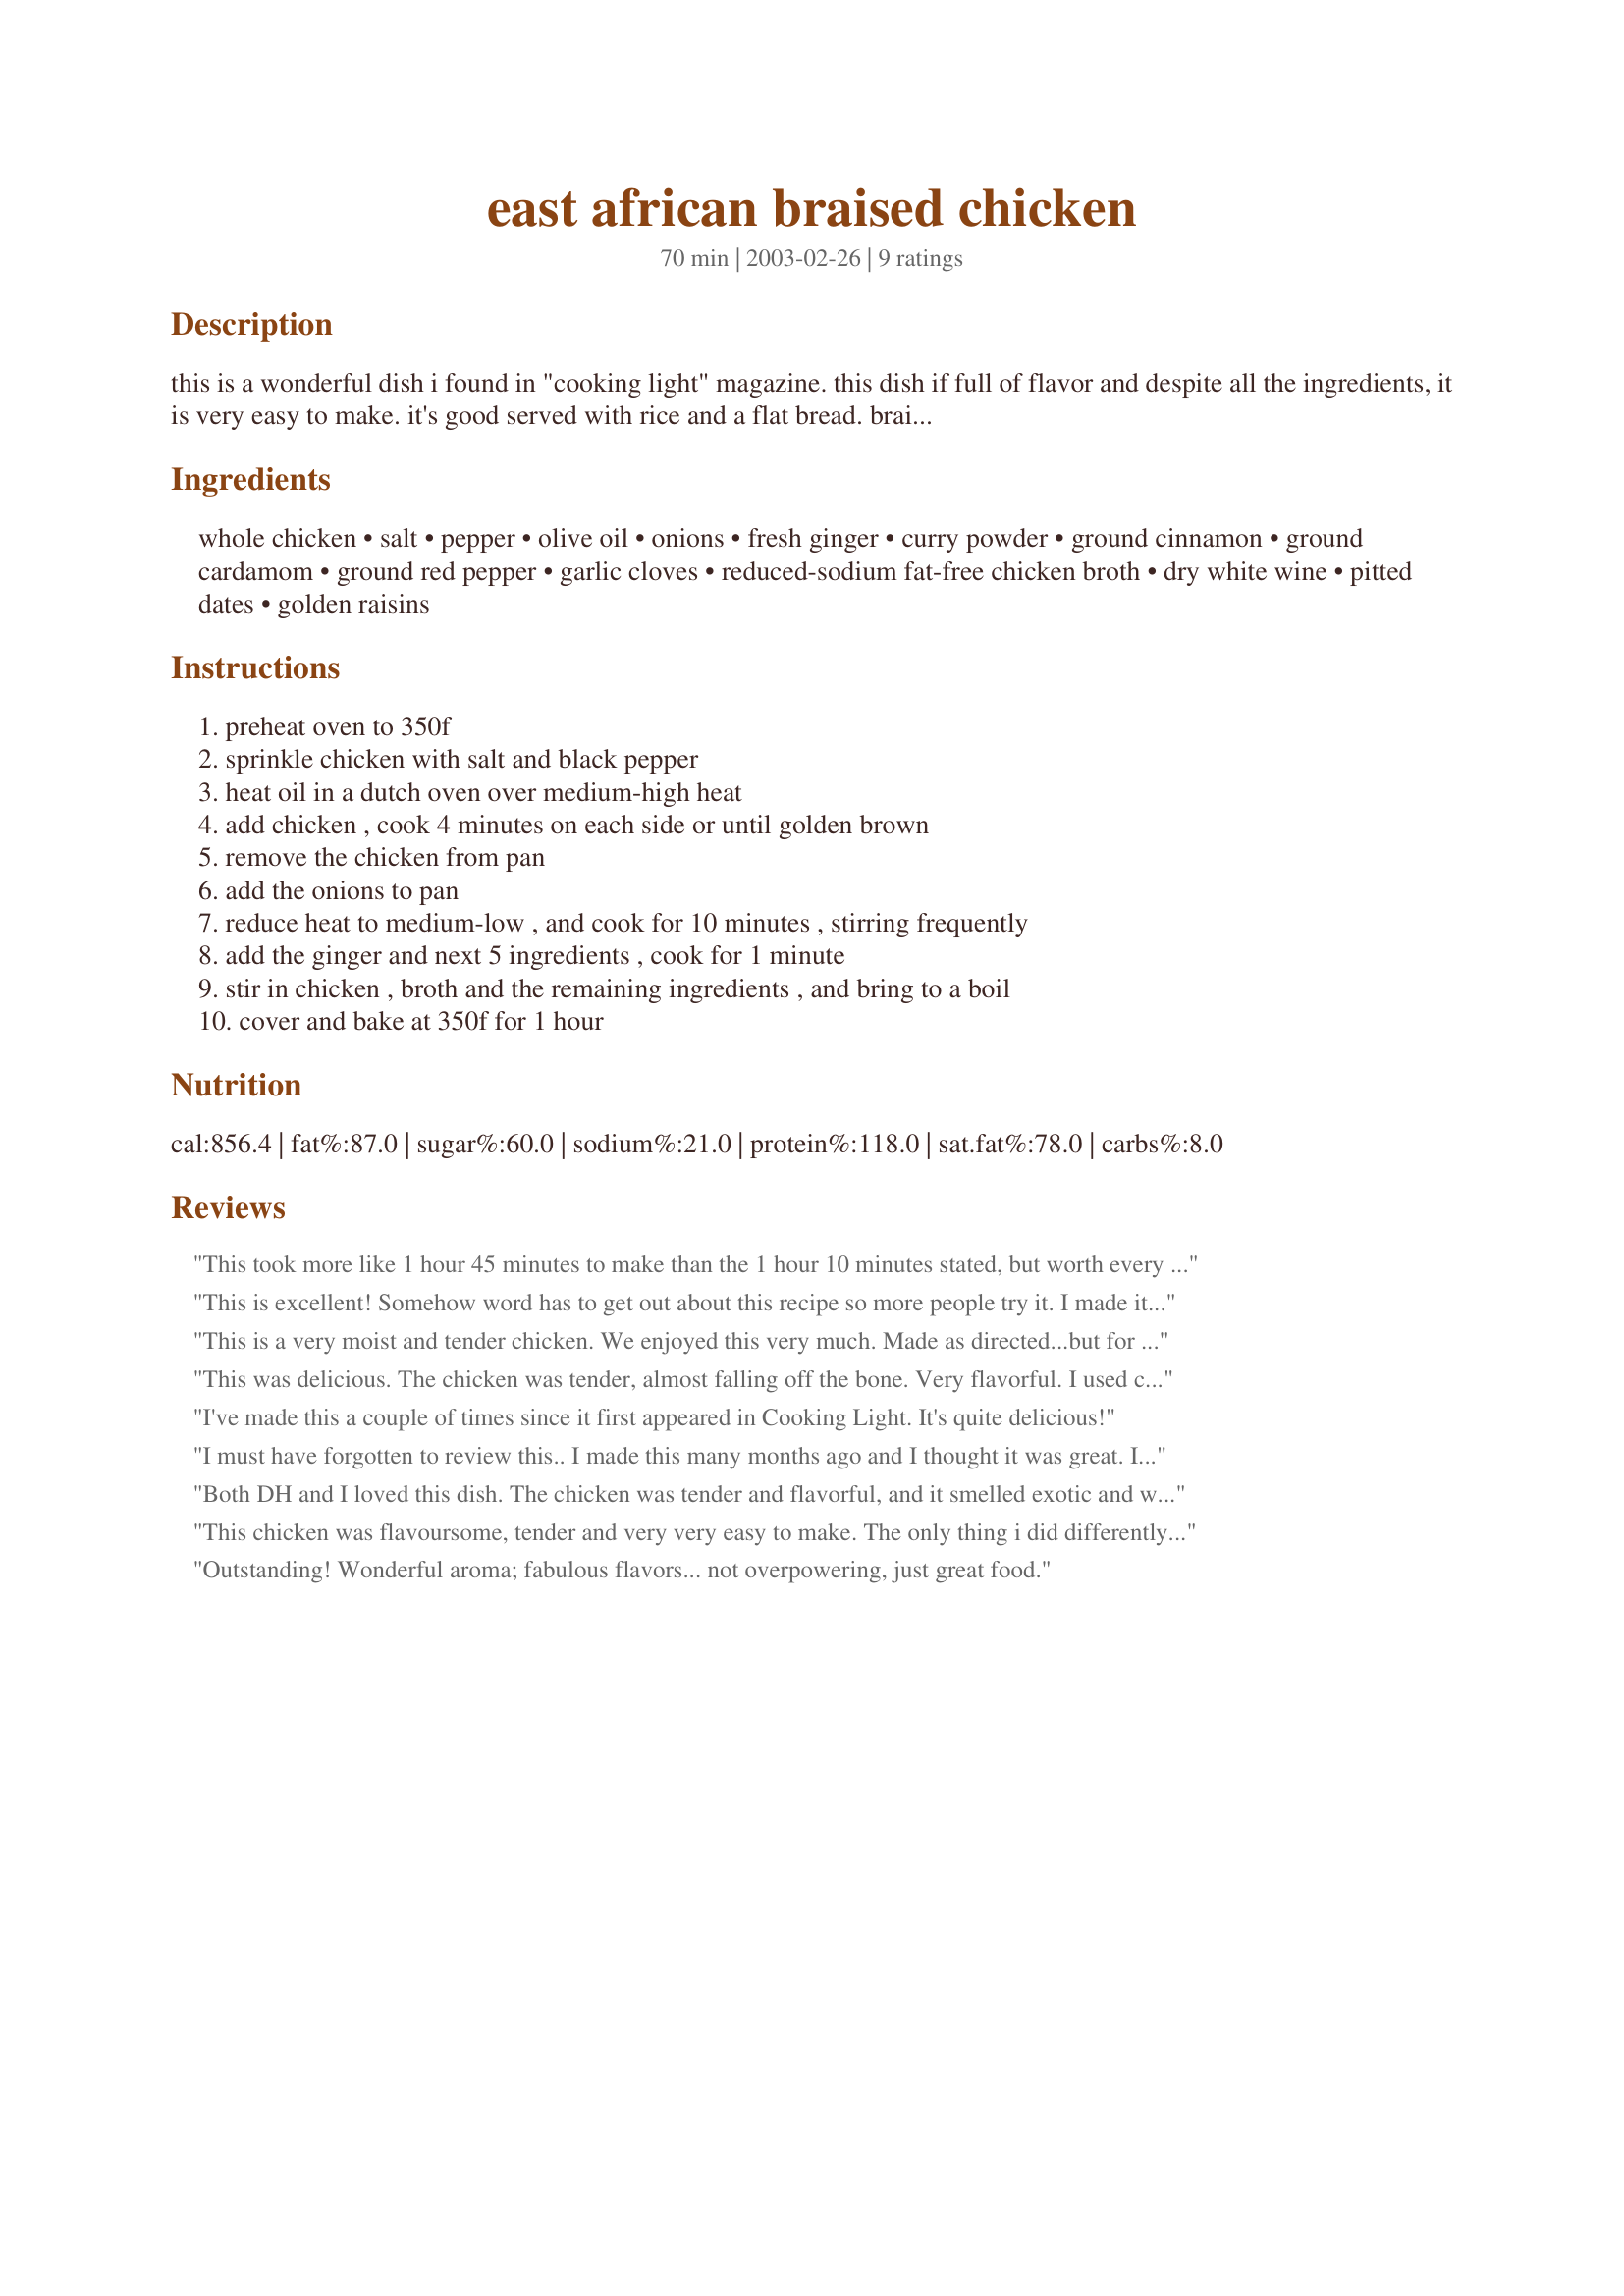
east african braised chicken
Preparation time: 70 minutes

this is a wonderful dish i found in "cooking light" magazine. this dish if full of flavor and despite all the ingredients, it is very easy to make. it's good served with rice and a flat bread. braising in a this highly aromatic liquid yields an exceptionally flavorful and tender result.

Ingredients:
whole chicken, salt, pepper, olive oil, onions, fresh ginger, curry powder, ground cinnamon, ground cardamom, ground red pepper, garlic cloves, reduced-sodium fat-free chicken broth, dry white wine, pitted dates, golden raisins

Steps:
preheat oven to 350f, sprinkle chicken with salt and black pepper, heat oil in a dutch oven over medium-high heat, add chicken , cook 4 minutes on each side or until golden brown, remove the chicken from pan, add the onions to pan, reduce heat to medium-low , and cook for 10 minutes , stirring frequently, add the ginger and next 5 ingredients , cook for 1 minute, stir in chicken , broth and the remaining ingredients , and bring to a boil, cover and bake at 350f for 1 hour

Reviews:
This took more like 1 hour 45 minutes to make than the 1 hour 10 minutes stated, but worth every minute. It was very easy to make. The aroma throughout the house was incredible and the flavor was even more incredible. We absolutely loved this, LeeAnn!
This is excellent! Somehow word has to get out about this recipe so more people try it. I made it exactly as written, and we all loved it. Try it, please! You won't be disappointed!
This is a very moist and tender chicken. We enjoyed this very much. Made as directed...but for us...I will use a wee more spice next time. This will definately be made again. Thank you for sharing. Made this for African Recipe Fun.
This was delicious. The chicken was tender, almost falling off the bone. Very flavorful. I used chopped onion instead of sliced, as I had a ton already chopped that I needed to use-worked fine. The only other change I made was to add the broth and wine before adding the chicken. I let it come to a boil and scraped up the browned bits from the bottom of the pan left after browning the chicken. And I just realized I left out the raisins..didn't miss them. This is a keeper for me. Thanks for posting!
I've made this a couple of times since it first appeared in Cooking Light. It's quite delicious!
I must have forgotten to review this.. I made this many months ago and I thought it was great. It smells very nice when cooking too.
Both DH and I loved this dish. The chicken was tender and flavorful, and it smelled exotic and wonderful while cooking. We did everything exactly as the recipe said, and I used Rex Goliath Pinot Grigio as the wine. The rest of the bottle was delicious with the chicken. DH usually does not care for curry, so instead of typical yellow curry powder, we tried McCormick's Red curry powder. As a curry lover, I felt it was the perfect choice and even DH agreed. This is a very good dish that I anticipate making on a regular basis. Thanks, L. Duch. I see this recipe has been on this site for quite a while and it has not been tried by very many people. To all you who are interested - give it a try. I don't think you'll be disappointed as the flavors meld together beautifully. It has an exotic flair with all the elements of comfort food. Yum.
This chicken was flavoursome, tender and very very easy to make. The only thing i did differently is adding about 3 cups of raw spinach towards the end and it was wonderful. 
I will certainly be making this again.
Thank you for sharing a great recipe!
Outstanding! Wonderful aroma; fabulous flavors... not overpowering, just great food.
